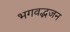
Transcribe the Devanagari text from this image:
भगवद्भजन